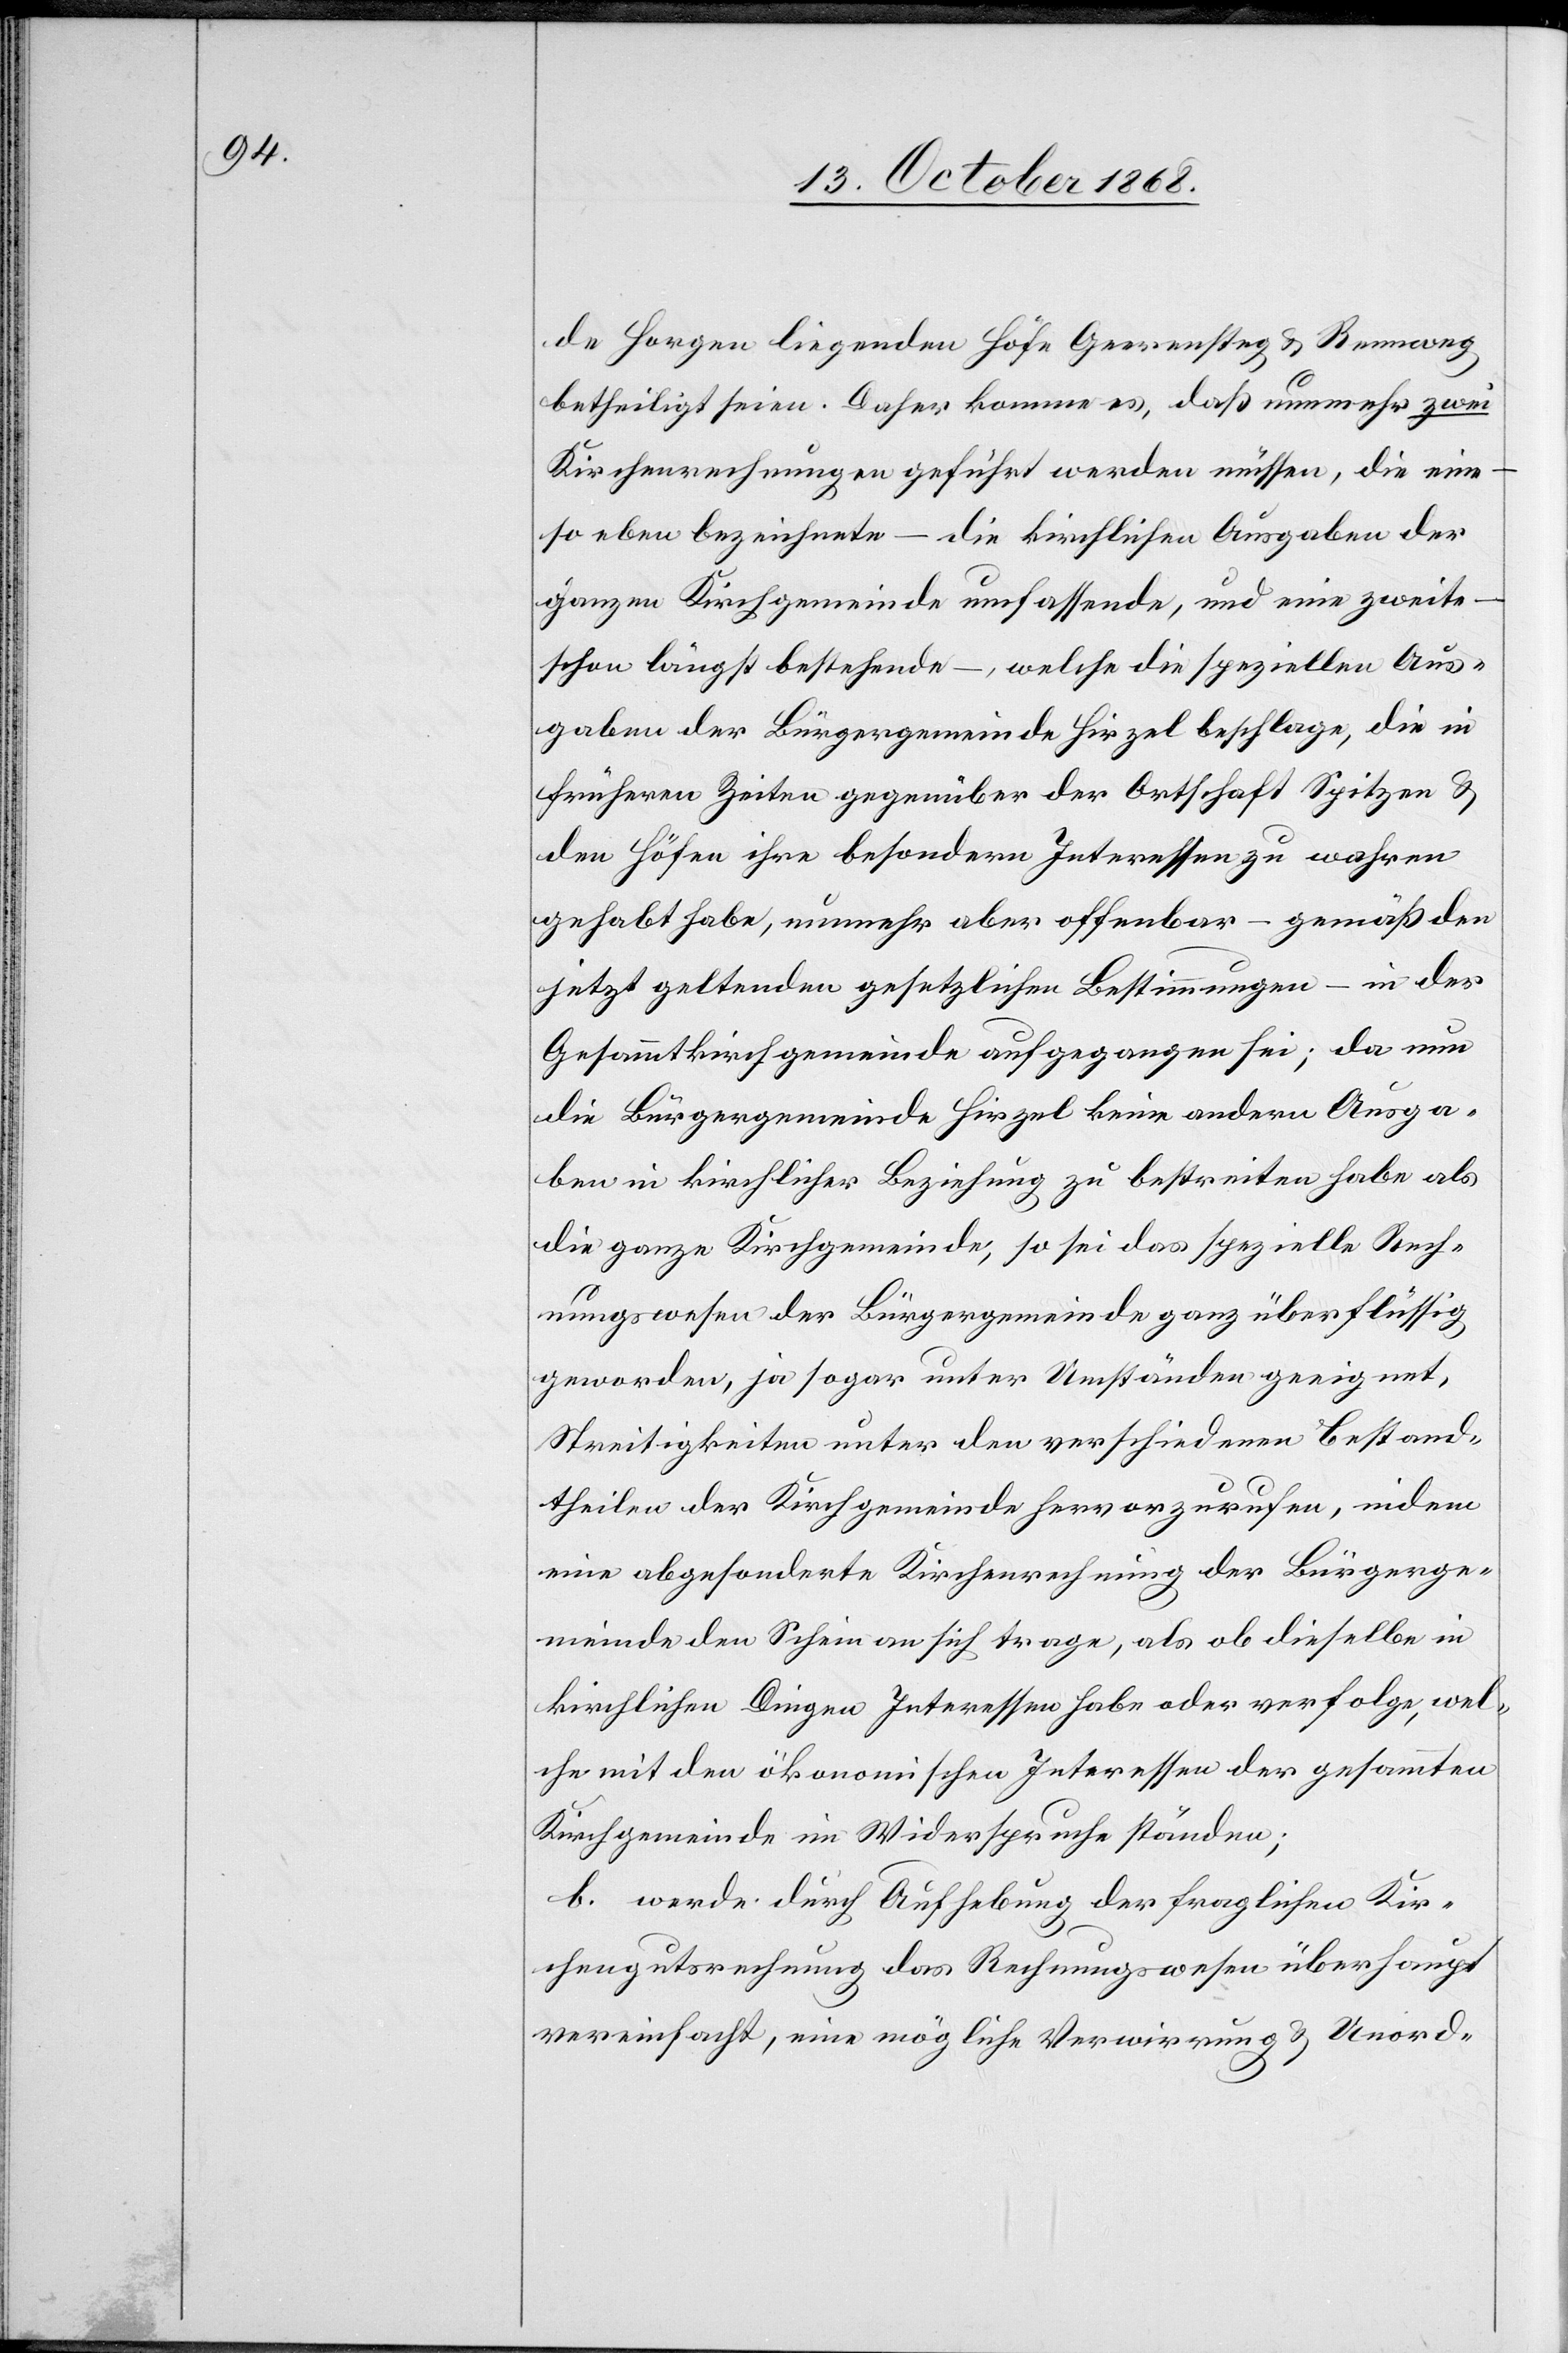
de Horgen liegenden Höfe Geerensteg & Rennweg
betheiligt seien. Daher komme es, daß nunmehr zwei
Kirchenrechnungen geführt werden müssen, die eine –
so eben bezeichnete – die kirchlichen Ausgaben der
ganzen Kirchgemeinde umfassende, und eine zweite
schon längst bestehende –, welche die speziellen Aus¬
gaben der Bürgergemeinde Hirzel beschlage, die in
früheren Zeiten gegenüber der Ortschaft Spitzen &
den Höfen ihre besondern Interessen zu wahren
gehabt habe, nunmehr aber offenbar – gemäß den
jetzt geltenden gesetzlichen Bestimmungen – in der
Gesammtkirchgemeinde aufgegangen sei; da nun
die Bürgergemeinde Hirzel keine andern Ausga¬
ben in kirchlicher Beziehung zu bestreiten habe als
die ganze Kirchgemeinde, so sei das spezielle Rech¬
nungswesen der Bürgergemeinde ganz überflüssig
geworden, ja sogar unter Umständen geeignet,
Streitigkeiten unter den verschiedenen Bestand¬
theilen der Kirchgemeinde hervorzurufen, indem
eine abgesonderte Kirchenrechnung der Bürgerge¬
meinde den Schein an sich trage, als ob dieselbe in
kirchlichen Dingen Interessen habe oder verfolge, wel¬
che mit den ökonomischen Interessen der gesammten
Kirchgemeinde im Widerspruche ständen;
b. werde durch Aufhebung der fraglichen Kir¬
chengutsrechnung das Rechnungswesen überhaupt
vereinfacht, eine mögliche Verwirrung & Unord-